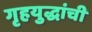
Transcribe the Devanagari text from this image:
गृहयुद्धांची